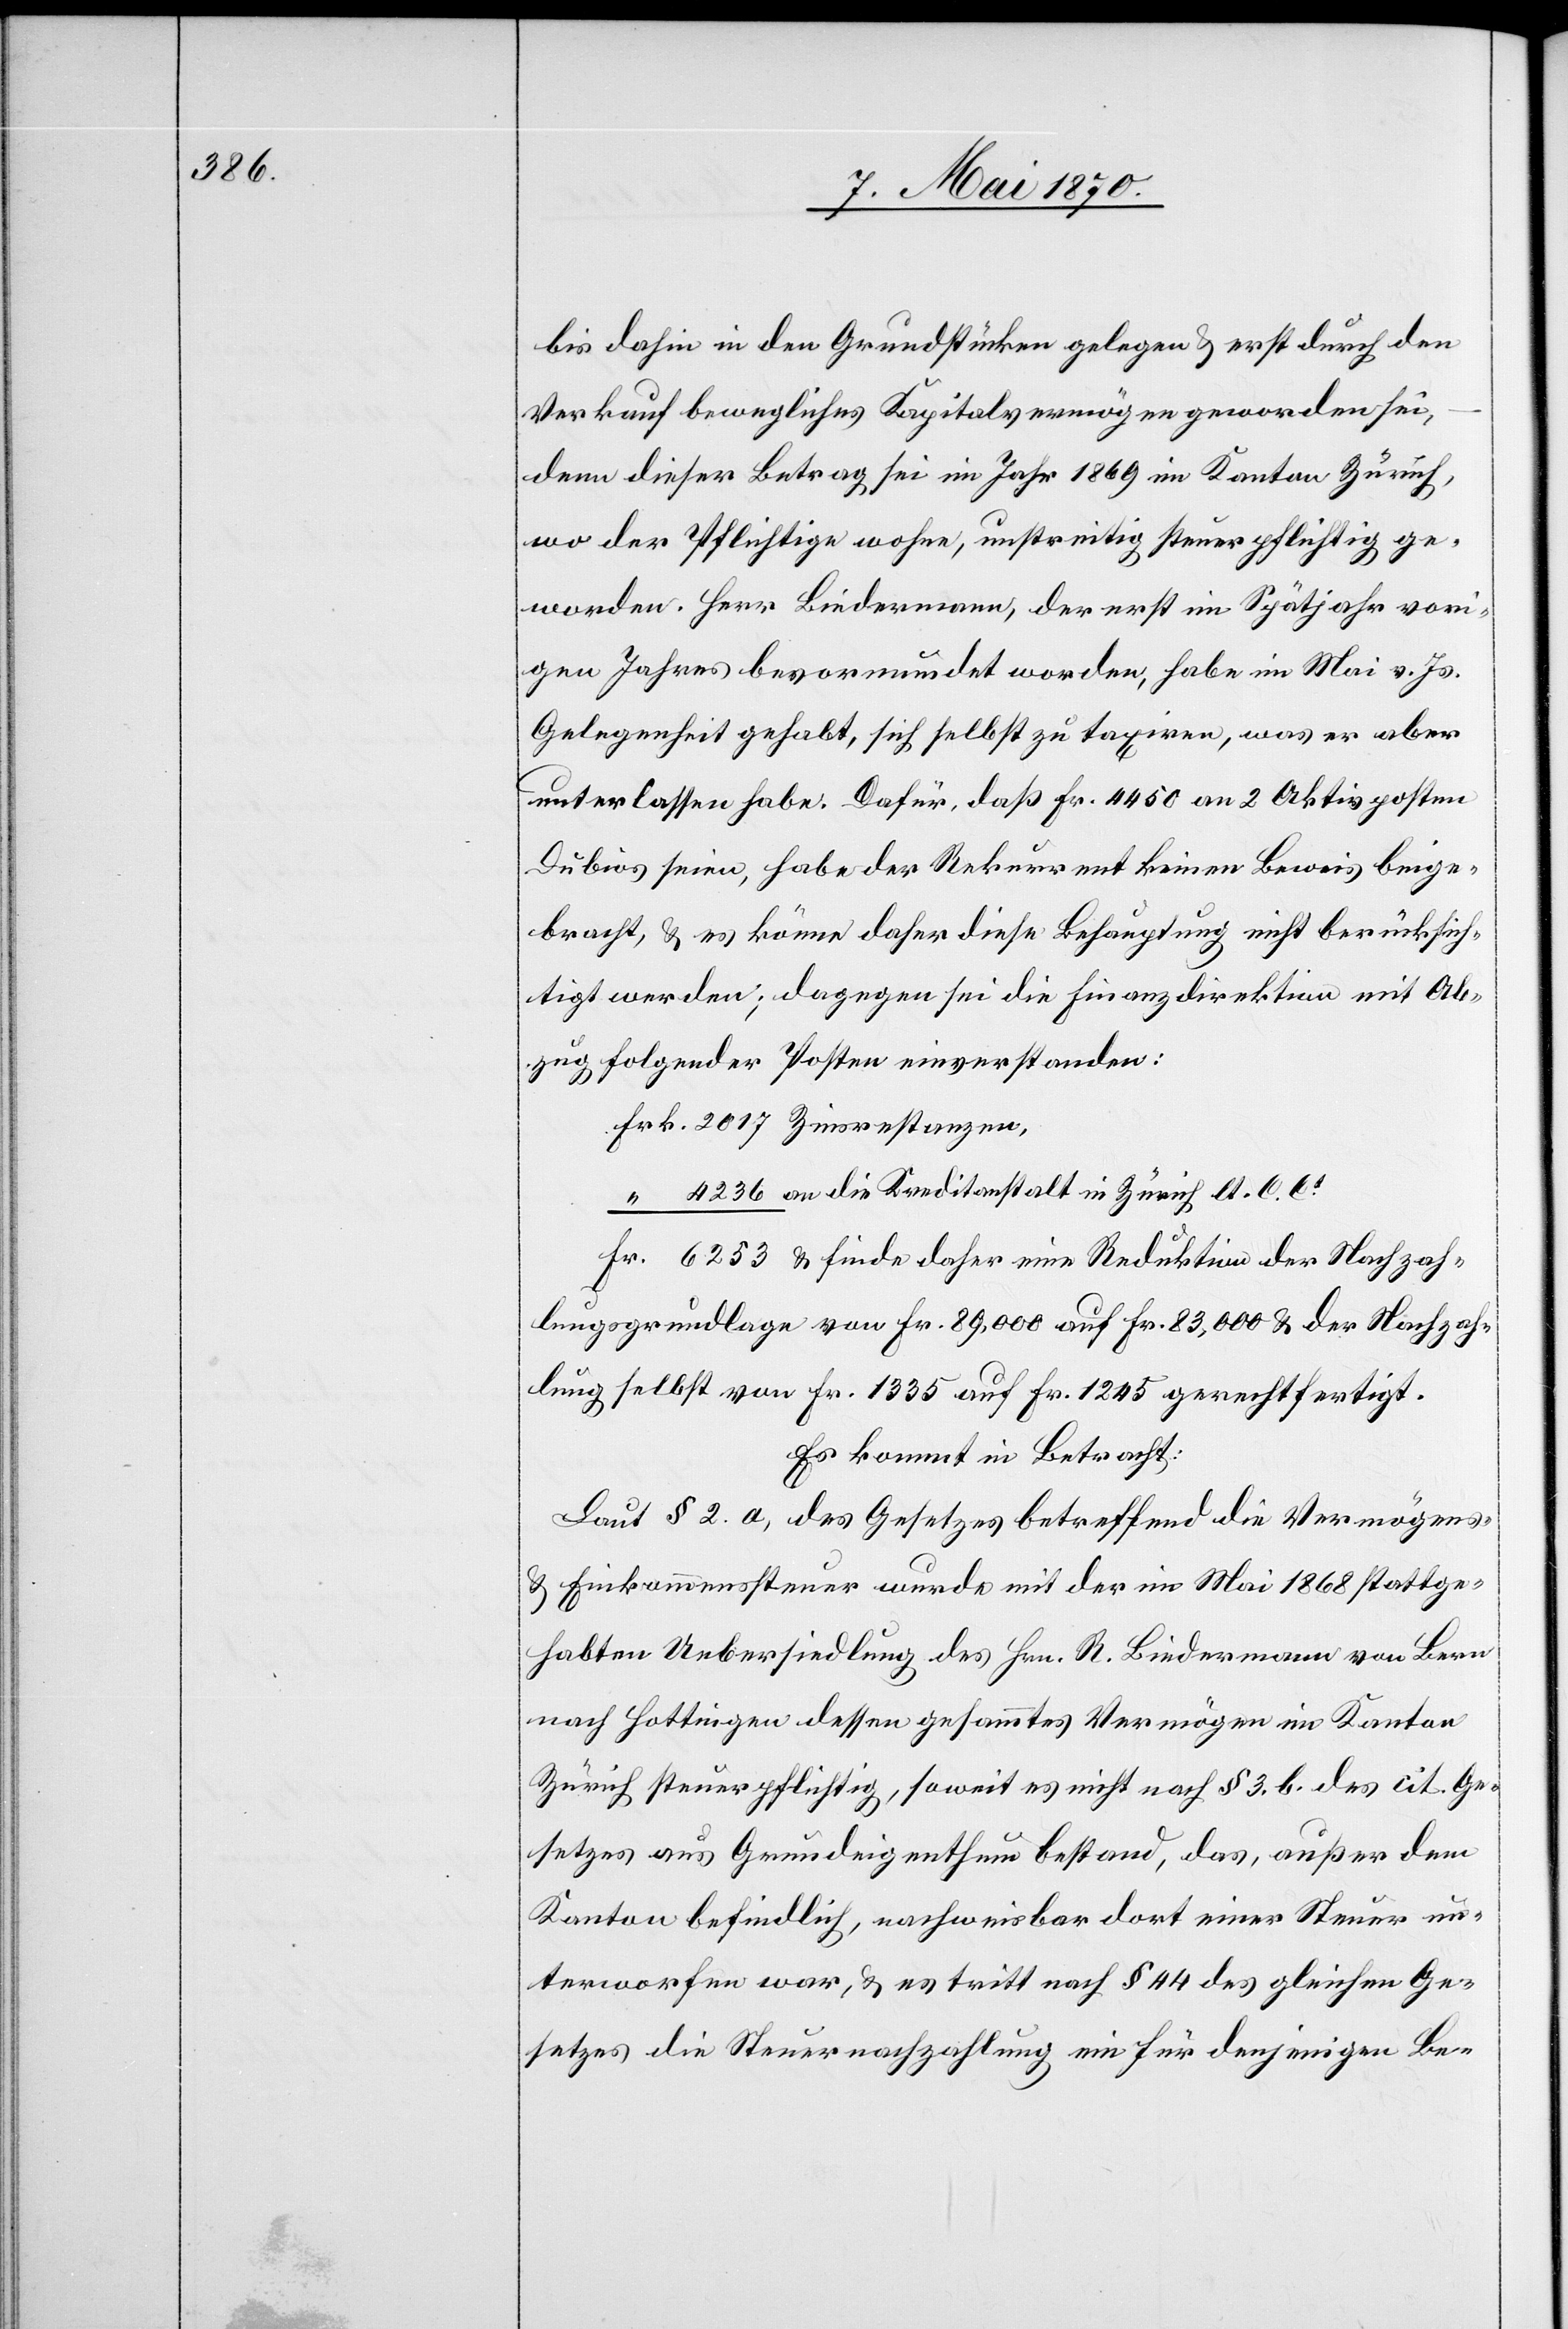
bis dahin in den Grundstücken gelegen & erst durch den
Verkauf bewegliches Kapitalvermögen geworden sei,
denn dieser Betrag sei im Jahr 1869 im Kanton Zürich,
wo der Pflichtige wohne, unstreitig steuerpflichtig ge¬
worden. Herr Biedermann, der erst im Spätjahr vori¬
gen Jahres bevormundet worden, habe im Mai vor. Js.
Gelegenheit gehabt, sich selbst zu taxiren, was er aber
unterlassen habe. Dafür, daß Fr. 4450 an 2 Aktivposten
dubios seien, habe der Rekurrent keinen Beweis beige¬
bracht, & es könne daher diese Behauptung nicht berücksich¬
tigt werden; dagegen sei die Finanzdirektion mit Ab¬
zug folgender Posten einverstanden:
Frk. 2017 Zinsrestanzen,
“ 4236 an die Kreditanstalt in Zürich lt. C. Ct
Fr. 6253 & finde daher eine Reduktion der Nachzah¬
lungsgrundlage von Fr. 89,000 auf Fr. 83,000 & der Nachzah¬
lung selbst von Fr. 1335 auf Fr. 1245 gerechtfertigt.
Es kommt in Betracht:
Laut § 2 a, des Gesetzes betreffend die Vermögens-
& Einkommenssteuer wurde mit der im Mai 1868 stattge¬
habten Uebersiedlung des Hrn. R. Biedermann von Bern
nach Hottingen dessen gesammtes Vermögen im Kanton
Zürich steuerpflichtig, soweit es nicht nach § 3 b. des cit. Ge¬
setzes aus Grundeigenthum bestand, das, außer dem
Kanton befindlich, nachweisbar dort einer Steuer un¬
terworfen war, & es tritt nach § 44 des gleichen Ge¬
setzes die Steuernachzahlung ein für denjenigen Be-